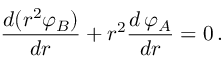
\frac { d ( r ^ { 2 } { \varphi } _ { B } ) } { d r } + r ^ { 2 } \frac { d \, \varphi _ { A } } { d r } = 0 \, .